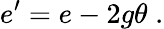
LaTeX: e^{\prime}=e-2g\theta\; .